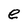
Character: e